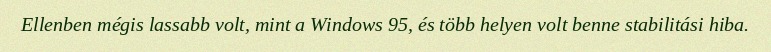
Ellenben mégis lassabb volt, mint a Windows 95, és több helyen volt benne stabilitási hiba.